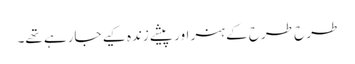
طرح طرح کے ہنر اور پیشے زندہ کیے جارہے تھے۔